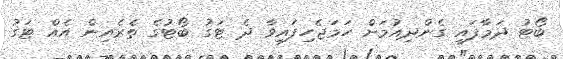
ބޯޓު ދަމާފައި ގެންދިއުމަށް ހަމަޖެހިފައިވާ ދެ ޓަގު ބޯޓުގެ ތެރެއިން އެއް ޓަގު